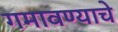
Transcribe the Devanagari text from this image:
गमावण्याचे